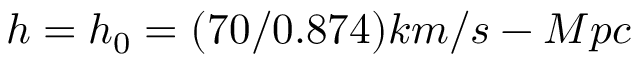
h = h _ { 0 } = ( 7 0 / 0 . 8 7 4 ) k m / s - M p c